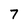
Character: 7